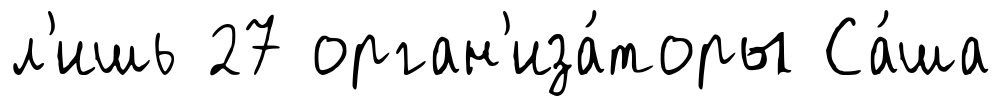
л'ишь 27 орган'иза́торы Са́ша